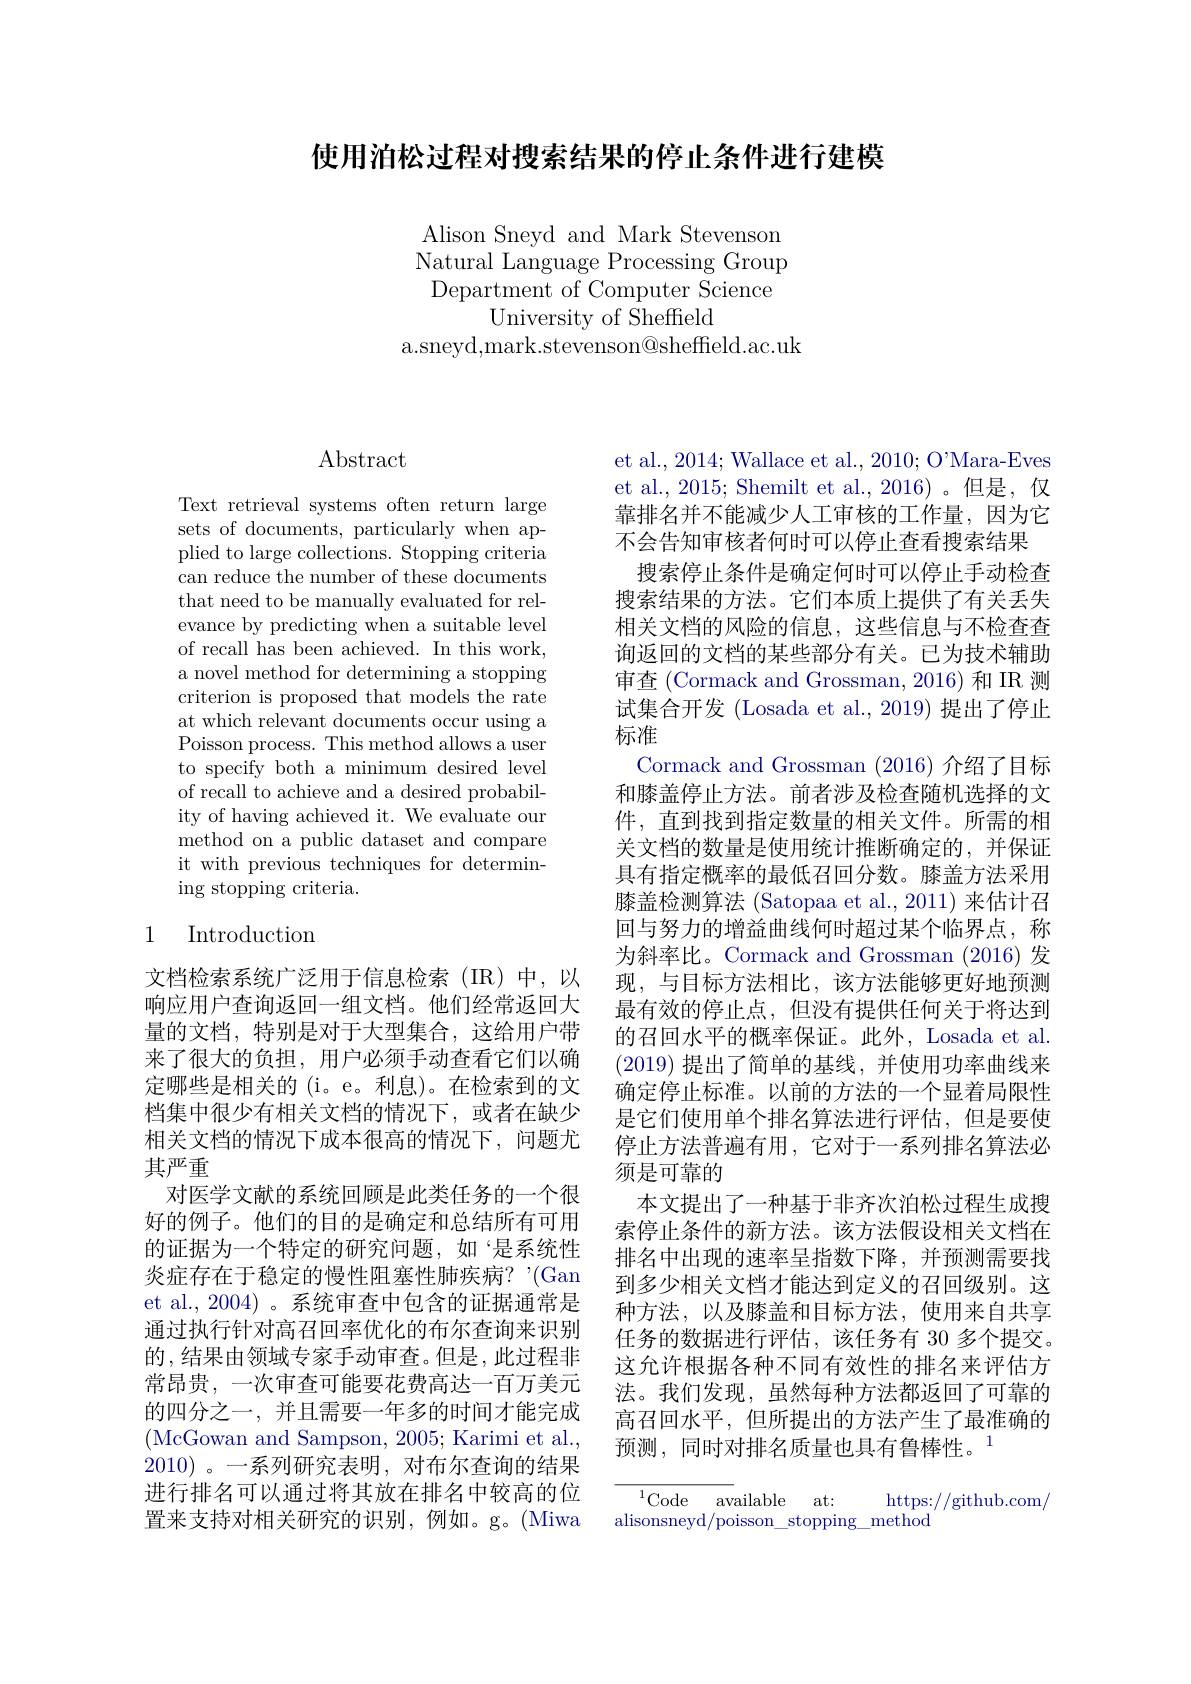
使用泊松过程对搜索结果的停止条件进行建模

Alison Sneyd and Mark Stevenson Natural Language Processing Group Department of Computer Science
University of Sheffield
a.sneyd,mark.stevenson@sheffield.ac.uk

# Abstract

Text retrieval systems often return large sets of documents, particularly when applied to large collections. Stopping criteria can reduce the number of these documents that need to be manually evaluated for relevance by predicting when a suitable level of recall has been achieved. In this work, a novel method for determining a stopping criterion is proposed that models the rate at which relevant documents occur using a Poisson process. This method allows a user to specify both a minimum desired level of recall to achieve and a desired probability of having achieved it. We evaluate our method on a public dataset and compare it with previous techniques for determining stopping criteria.

## 1 Introduction

文档检索系统广泛用于信息检索(IR)中，以响应用户查询返回一组文档。他们经常返回大量的文档，特别是对于大型集合，这给用户带来了很大的负担，用户必须手动查看它们以确定哪些是相关的(i。e。利息)。在检索到的文档集中很少有相关文档的情况下，或者在缺少相关文档的情况下成本很高的情况下，问题尤其严重
对医学文献的系统回顾是此类任务的一个很好的例子。他们的目的是确定和总结所有可用的证据为一个特定的研究问题，如“是系统性炎症存在于稳定的慢性阻塞性肺疾病？’(Gan et al., 2004) 。系统审查中包含的证据通常是通过执行针对高召回率优化的布尔查询来识别的，结果由领域专家手动审查。但是，此过程非常昂贵，一次审查可能要花费高达一百万美元的四分之一，并且需要一年多的时间才能完成(McGowan and Sampson, 2005; Karimi et al., 2010)。一系列研究表明，对布尔查询的结果进行排名可以通过将其放在排名中较高的位置来支持对相关研究的识别，例如。g。(Miwa

et al., 2014; Wallace et al., 2010; O'Mara-Eves et al., 2015; Shemilt et al., 2016)。但是，仅靠排名并不能减少人工审核的工作量，因为它不会告知审核者何时可以停止查看搜索结果
搜索停止条件是确定何时可以停止手动检查搜索结果的方法。它们本质上提供了有关丢失相关文档的风险的信息，这些信息与不检查查询返回的文档的某些部分有关。已为技术辅助审查 (Cormack and Grossman, 2016) 和 IR 测试集合开发 (Losada et al., 2019) 提出了停止标准
Cormack and Grossman (2016) 介绍了目标和膝盖停止方法。前者涉及检查随机选择的文件，直到找到指定数量的相关文件。所需的相关文档的数量是使用统计推断确定的，并保证具有指定概率的最低召回分数。膝盖方法采用膝盖检测算法 (Satopaa et al., 2011) 来估计召回与努力的增益曲线何时超过某个临界点，称为斜率比。Cormack and Grossman (2016)发现，与目标方法相比，该方法能够更好地预测最有效的停止点，但没有提供任何关于将达到的召回水平的概率保证。此外，Losada et al (2019)提出了简单的基线，并使用功率曲线来确定停止标准。以前的方法的一个显着局限性是它们使用单个排名算法进行评估，但是要使停止方法普遍有用，它对于一系列排名算法必须是可靠的
本文提出了一种基于非齐次泊松过程生成搜索停止条件的新方法。该方法假设相关文档在排名中出现的速率呈指数下降，并预测需要找到多少相关文档才能达到定义的召回级别。这种方法，以及膝盖和目标方法，使用来自共享任务的数据进行评估，该任务有 30 多个提交。这允许根据各种不同有效性的排名来评估方法。我们发现，虽然每种方法都返回了可靠的高召回水平，但所提出的方法产生了最准确的预测，同时对排名质量也具有鲁棒性。$^{1}$

$^{1}$Code available at:
https://github.com/
alisonsneyd/poisson\_stopping\_method